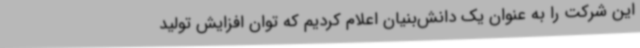
این شرکت را به عنوان یک دانش‌بنیان اعلام کردیم که توان افزایش تولید